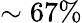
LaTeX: \sim 67\%